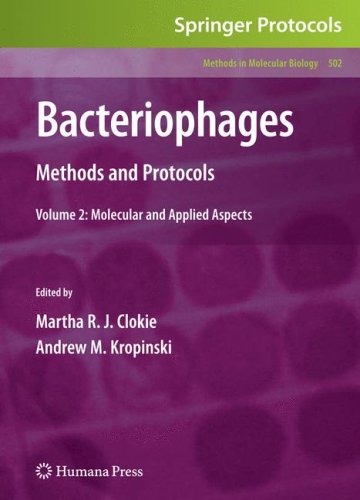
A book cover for Bacteriophages: Methods and Protocols, Volume 2: Molecular and Applied Aspects (Methods in Molecular Biology); Medical Books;